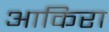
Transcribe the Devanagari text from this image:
आकिरा